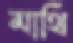
মাথি